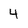
Character: 4